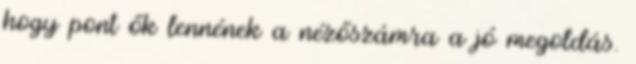
hogy pont ők lennének a nézőszámra a jó megoldás.